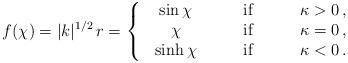
LaTeX: \begin{align*}f(\chi)=\vert k\vert^{1/2}\,r=\left\{ \>\>\begin{array}{ccc}\sin{\chi} & \qquad {\rm if} \qquad & \kappa>0 \,, \cr\chi & \qquad {\rm if} \qquad & \kappa=0 \,, \cr\sinh{\chi} & \qquad {\rm if} \qquad & \kappa<0 \,. \end{array} \right.\end{align*}